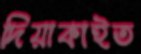
দিয়াকাইত